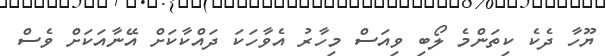
ޔޫހާ ދެކެ ކިތަންމެ ލޯބި ވިއަސް މިހާރު އެވާހަކަ ދައްކާކަށް އޭނާއަކަށް ވެސް